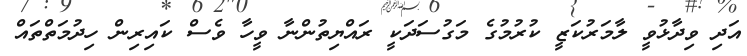
އަދި ވިދާޅުވީ ލާމަރުކަޒީ ކުރުމުގެ މަގުސަދަކީ ރައްޔިތުންނާ ވީހާ ވެސް ކައިރިން ހިދުމަތްތައް